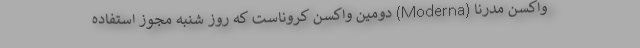
واکسن مدرنا (Moderna) دومین واکسن کروناست که روز شنبه مجوز استفاده